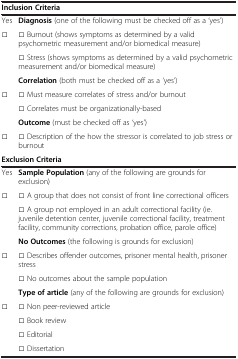
<table><thead><tr><td><b> </b></td><td><b> </b></td></tr></thead><tbody><tr><td colspan="2"><b>Inclusion Criteria</b></td></tr><tr><td>Yes</td><td><b>Diagnosis</b> (one of the following must be checked off as a ‘yes’)</td></tr><tr><td rowspan="2">□</td><td>□ Burnout (shows symptoms as determined by a valid psychometric measurement and/or biomedical measure)</td></tr><tr><td>□ Stress (shows symptoms as determined by a valid psychometric measurement and/or biomedical measure)</td></tr><tr><td> </td><td><b>Correlation</b> (both must be checked off as a ‘yes’)</td></tr><tr><td rowspan="2">□</td><td>□ Must measure correlates of stress and/or burnout</td></tr><tr><td>□ Correlates must be organizationally-based</td></tr><tr><td> </td><td><b>Outcome</b> (must be checked off as ‘yes’)</td></tr><tr><td>□</td><td>□ Description of the how the stressor is correlated to job stress or burnout</td></tr><tr><td colspan="2"><b>Exclusion Criteria</b></td></tr><tr><td>Yes</td><td><b>Sample Population</b> (any of the following are grounds for exclusion)</td></tr><tr><td rowspan="2">□</td><td>□ A group that does not consist of front line correctional officers</td></tr><tr><td>□ A group not employed in an adult correctional facility (ie. juvenile detention center, juvenile correctional facility, treatment facility, community corrections, probation office, parole office)</td></tr><tr><td> </td><td><b>No Outcomes</b> (the following is grounds for exclusion)</td></tr><tr><td rowspan="2">□</td><td>□ Describes offender outcomes, prisoner mental health, prisoner stress</td></tr><tr><td>□ No outcomes about the sample population</td></tr><tr><td> </td><td><b>Type of article</b> (any of the following are grounds for exclusion)</td></tr><tr><td rowspan="3">□</td><td>□ Non peer-reviewed article</td></tr><tr><td>□ Book review</td></tr><tr><td>□ Editorial</td></tr><tr><td> </td><td>□ Dissertation</td></tr></tbody></table>